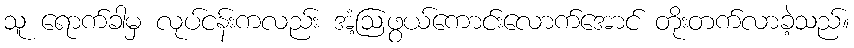
သူ ရောက်ခါမှ လုပ်ငန်းကလည်း အံ့ဩဖွယ်ကောင်းလောက်အောင် တိုးတက်လာခဲ့သည်။